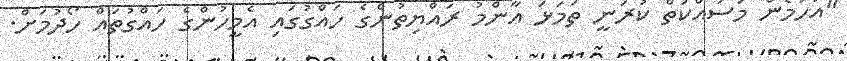
"އަހަމެން މަސައްކަތް ކުރަނީ ތަމަޅަ އާންމު ރައްޔިތުންގެ ހައްގުގައި އެމީހުންގެ ހައްގުތައް ހޯދުމަށް.